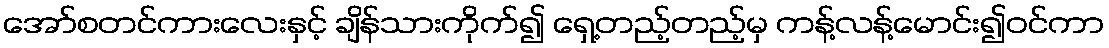
အော်စတင်ကားလေးနှင့် ချိန်သားကိုက်၍ ရှေ့တည့်တည့်မှ ကန့်လန့်မောင်း၍ဝင်ကာ